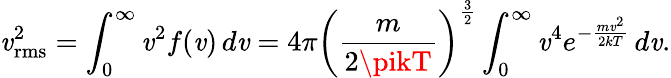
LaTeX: \mathit{v}_{\mathrm{{rms}}}^{2}=\int_{0}^{\infty}\mathit{v}^{2}f(\mathit{v})\, d\mathit{v}=4\pi\left({\frac{{m}}{{2\pikT}}}\right)^{\frac{{3}}{{2}}}\int_{0}^{\infty}\mathit{v}^{4}e^{-{\frac{{m\mathit{v}^{2}}}{{2kT}}}}\, d\mathit{v}.